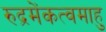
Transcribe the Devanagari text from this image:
रुद्रमेंकत्वमाहु